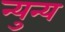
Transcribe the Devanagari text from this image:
न्युन्य